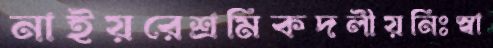
নাইয়রেশ্রমিকদলীয়নিঃস্বা